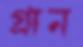
গ্রান